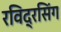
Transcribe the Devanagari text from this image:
रविद्रसिंग